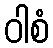
ဝါစံ